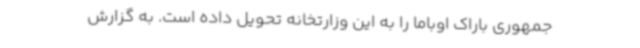
جمهوری باراک اوباما را به این وزارتخانه تحویل داده است. به گزارش